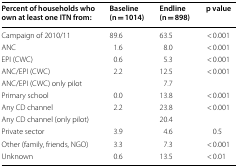
<table><thead><tr><td><b>Percent of households who own at least one ITN from:</b></td><td><b>Baseline (n = 1014)</b></td><td><b>Endline (n = 898)</b></td><td><b>p value</b></td></tr></thead><tbody><tr><td>Campaign of 2010/11</td><td>89.6</td><td>63.5</td><td>&lt; 0.001</td></tr><tr><td>ANC</td><td>1.6</td><td>8.0</td><td>&lt; 0.001</td></tr><tr><td>EPI (CWC)</td><td>0.6</td><td>5.3</td><td>&lt; 0.001</td></tr><tr><td>ANC/EPI (CWC)</td><td>2.2</td><td>12.5</td><td>&lt; 0.001</td></tr><tr><td>ANC/EPI (CWC) only pilot</td><td>[EMPTY_CELL]</td><td>7.7</td><td>[EMPTY_CELL]</td></tr><tr><td>Primary school</td><td>0.0</td><td>13.8</td><td>&lt; 0.001</td></tr><tr><td>Any CD channel</td><td>2.2</td><td>23.8</td><td>&lt; 0.001</td></tr><tr><td>Any CD channel (only pilot)</td><td>[EMPTY_CELL]</td><td>20.4</td><td>[EMPTY_CELL]</td></tr><tr><td>Private sector</td><td>3.9</td><td>4.6</td><td>0.5</td></tr><tr><td>Other (family, friends, NGO)</td><td>3.3</td><td>7.3</td><td>&lt; 0.001</td></tr><tr><td>Unknown</td><td>0.6</td><td>13.5</td><td>&lt; 0.01</td></tr></tbody></table>